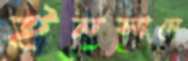
ইনসানে